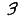
Digit: 3